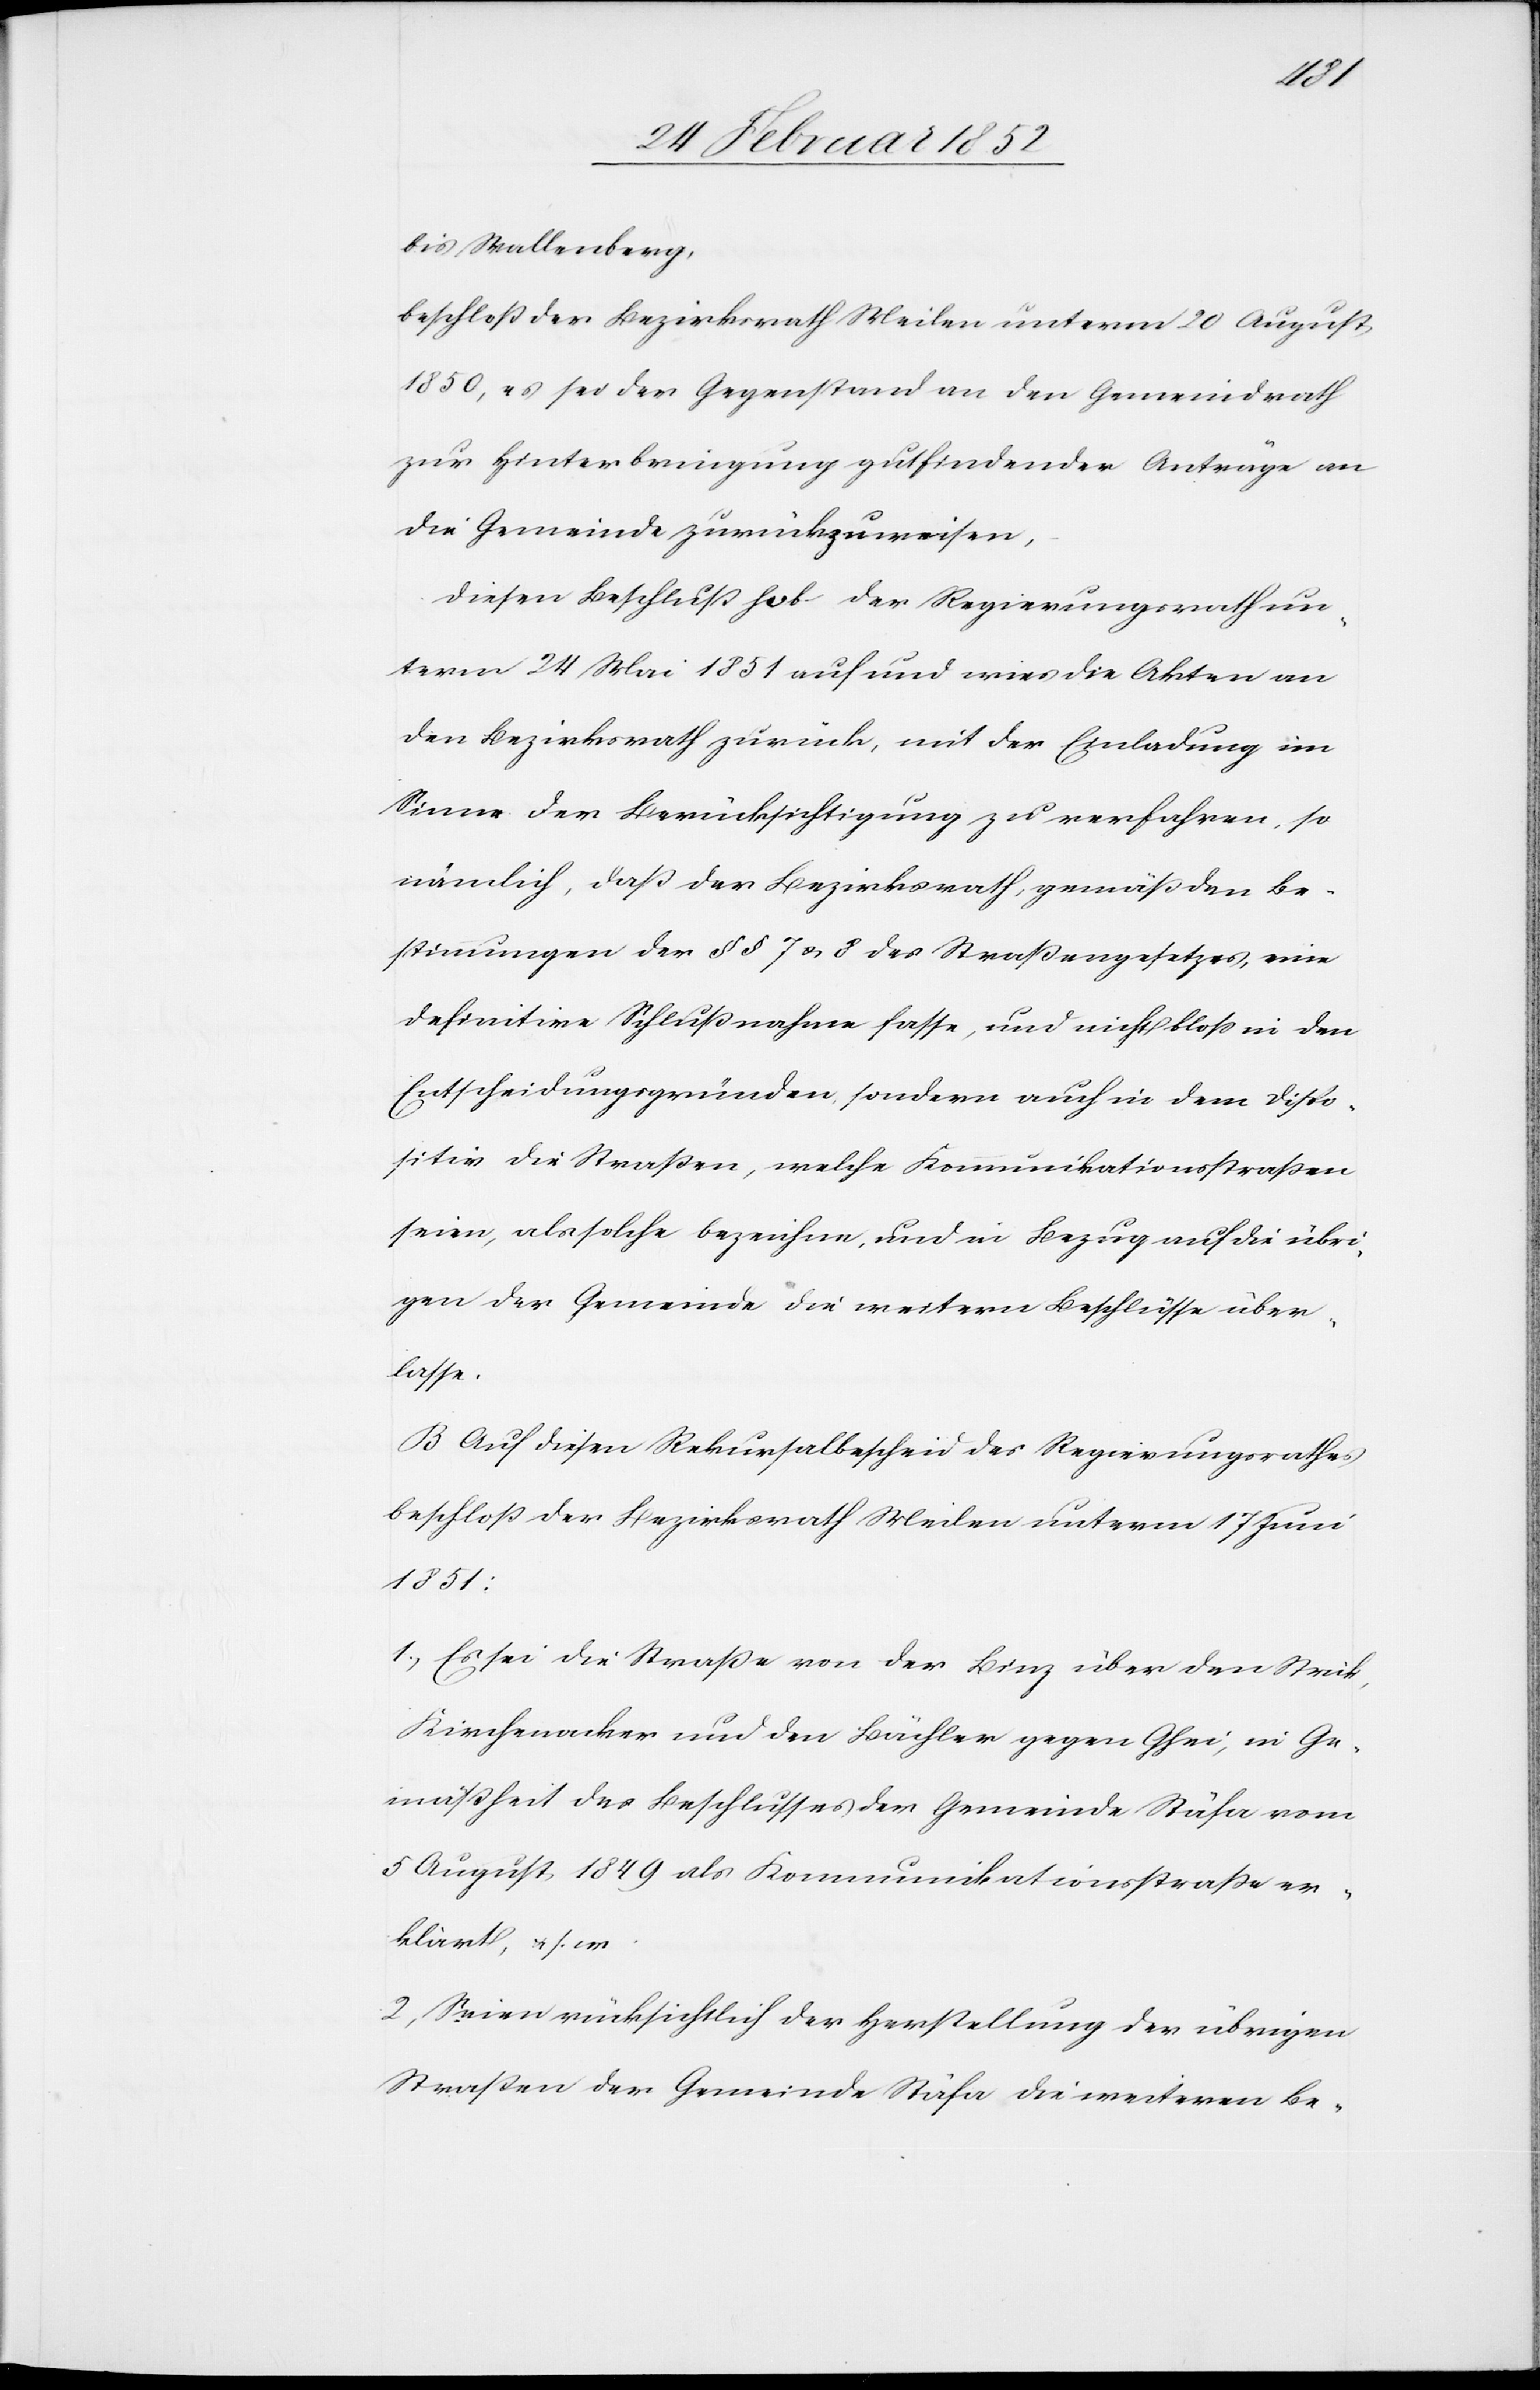
bis Wallenberg,
beschloß der Bezirksrath Meilen unterm 20 August
1850, es sei der Gegenstand an den Gemeindrath
zur Hinterbringung gutfindender Anträge an
die Gemeinde zurückzuweisen,
Diesen Beschluß hob der Regierungsrath un¬
term 24 Mai 1851 auf und wies die Akten an
den Bezirksrath zurück, mit der Einladung im
Sinne der Berücksichtigung zu verfahren, so
nämlich, daß der Bezirksrath, gemäß den Be¬
stimmungen der §§ 7 u. 8 des Straßengesetzes, eine
definitive Schlußnahme fasse, und nicht bloß in den
Entscheidungsgründen, sondern auch in dem Dispo¬
sitiv die Straßen, welche Kommunikationsstraßen
seien, als solche bezeichne, und in Bezug auf die übri¬
gen der Gemeinde die weitern Beschlüsse über¬
lasse.
B Auf diesen Rekursalbescheid des Regierungsrathes
beschloß der Bezirksrath Meilen unterm 17 Juni
1851:
1.) Es sei die Straße von der Binz über den Strick,
Kirchenacker und den Bächler gegen Ghei, in Ge¬
mäßheit des Beschlusses der Gemeinde Stäfa vom
5 August 1849 als Kommunikationsstraße er¬
klärt, u. s. w.
2) Seien rücksichtlich der Herstellung der übrigen
Straßen der Gemeinde Stäfa die weiteren Be-